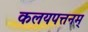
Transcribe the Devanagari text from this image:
कलयपत्तनम्